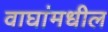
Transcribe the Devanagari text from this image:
वाघांमधील